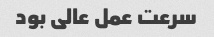
سرعت عمل عالی بود